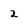
Character: 2